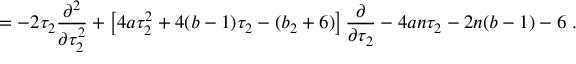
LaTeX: = - 2 \tau _ { 2 } \frac { \partial ^ { 2 } } { \partial \tau _ { 2 } ^ { 2 } } + \left[ 4 a \tau _ { 2 } ^ { 2 } + 4 ( b - 1 ) \tau _ { 2 } - ( b _ { 2 } + 6 ) \right] \frac { \partial } { \partial \tau _ { 2 } } - 4 a n \tau _ { 2 } - 2 n ( b - 1 ) - 6 \ .